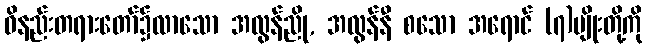
ဝိနည်းတရားတော်၌လာသော အလွန်ညို, အလွန်နီ စသော အရောင် (၇)မျိုးတို့ကို